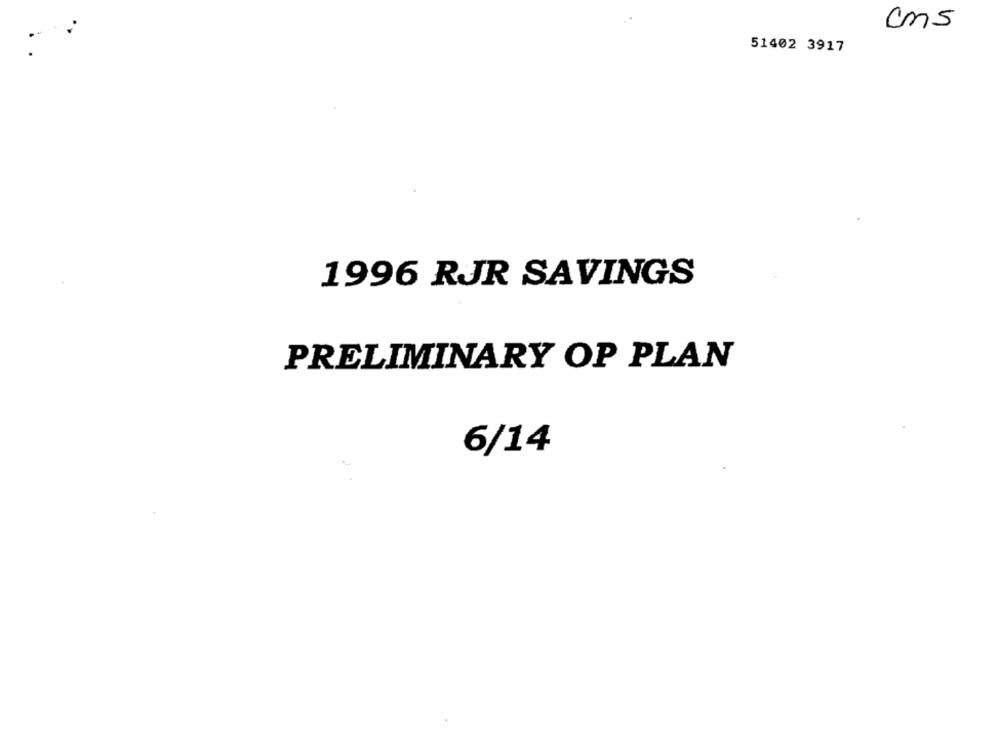
cms
51402 3917
1996 RJR SAVINGS
PRELIMINARY OP PLAN
6/14